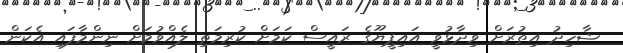
ޝާހިދު އިތުރަށް ވިދާޅުވީ އައިޕީޔޫގެ ރައީސް ކަމަށް ކުރިމަތި ލެއްވުމަށް ނިންމާފައި އެކަން